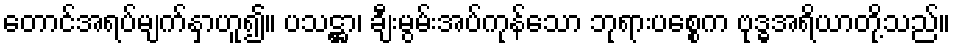
တောင်အရပ်မျက်နှာဟူ၍။ ပသဋ္ဌာ၊ ချီးမွမ်းအပ်ကုန်သော ဘုရားပစ္စေက ဗုဒ္ဓအရိယာတို့သည်။